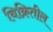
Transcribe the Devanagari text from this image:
विक्रितील